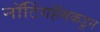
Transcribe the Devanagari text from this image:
नॉटिंगहॅमकडून